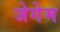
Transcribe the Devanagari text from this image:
जेगेम